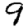
Digit: 9